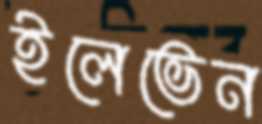
ইলেভেন